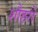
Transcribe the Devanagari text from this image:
शौहरों